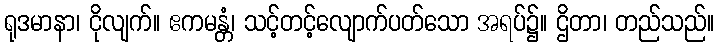
ရုဒမာနာ၊ ငိုလျက်။ ဧကမန္တံ၊ သင့်တင့်လျောက်ပတ်သော အရပ်၌။ ဌိတာ၊ တည်သည်။